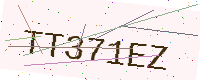
Text: TT371EZ